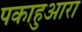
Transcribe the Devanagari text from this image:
पकाहुआरा